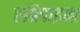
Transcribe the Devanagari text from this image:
एग्रिपाइना